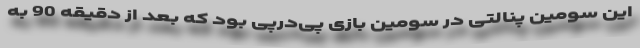
این سومین پنالتی در سومین بازی پی‌در‌پی بود که بعد از دقیقه 90 به